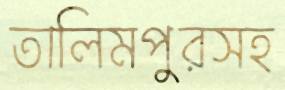
তালিমপুরসহ